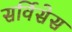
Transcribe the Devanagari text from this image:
सर्विसेस